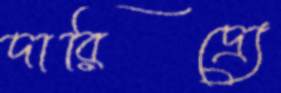
দারিদ্র্যে